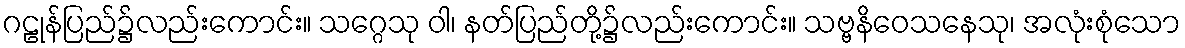
ဂဠုန်ပြည်၌လည်းကောင်း။ သဂ္ဂေသု ဝါ၊ နတ်ပြည်တို့၌လည်းကောင်း။ သဗ္ဗနိဝေသနေသု၊ အလုံးစုံသော